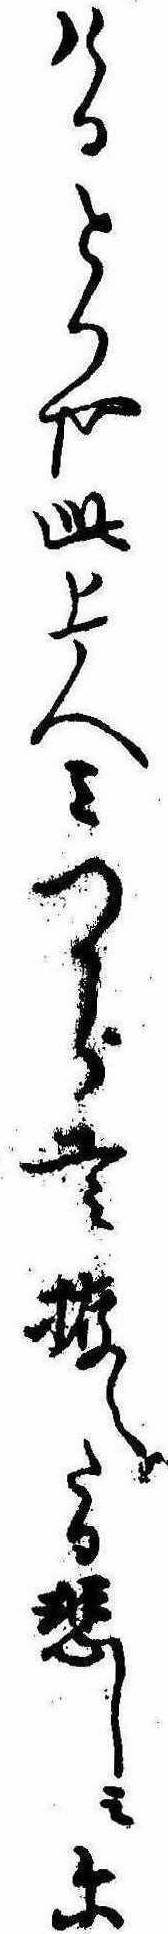
けるとかや此上人みつから工み拵へたる悲しみに